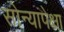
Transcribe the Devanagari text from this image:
सोन्यापेक्षा